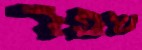
שפר